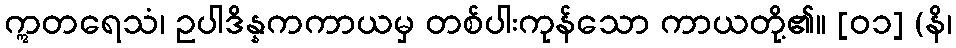
ဣတရေသံ၊ ဥပါဒိန္နကကာယမှ တစ်ပါးကုန်သော ကာယတို့၏။ [၀၁] (နိ၊